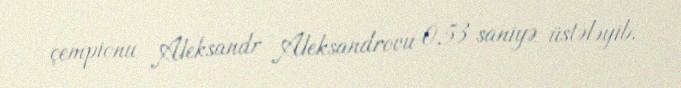
çempionu Aleksandr Aleksandrovu 0,53 saniyə üstələyib.